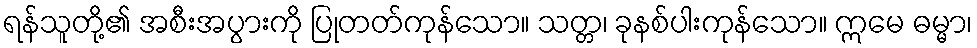
ရန်သူတို့၏ အစီးအပွားကို ပြုတတ်ကုန်သော။ သတ္တ၊ ခုနစ်ပါးကုန်သော။ ဣမေ ဓမ္မာ၊